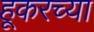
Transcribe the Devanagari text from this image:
हूकरच्या